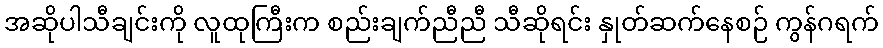
အဆိုပါသီချင်းကို လူထုကြီးက စည်းချက်ညီညီ သီဆိုရင်း နှုတ်ဆက်နေစဉ် ကွန်ဂရက်